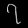
Digit: ၇